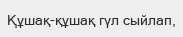
Құшақ-құшақ гүл сыйлап,